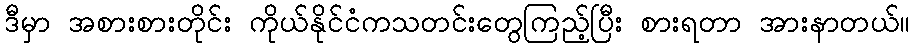
ဒီမှာ အစားစားတိုင်း ကိုယ်နိုင်ငံကသတင်းတွေကြည့်ပြီး စားရတာ အားနာတယ်။